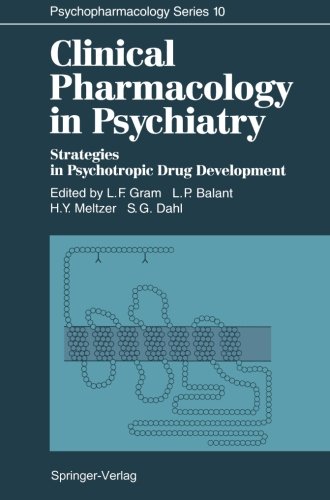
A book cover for Clinical Pharmacology in Psychiatry: Strategies in Psychotropic Drug Development (Psychopharmacology Series); Medical Books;